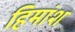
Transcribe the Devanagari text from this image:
हिमांश